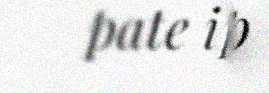
pate ip